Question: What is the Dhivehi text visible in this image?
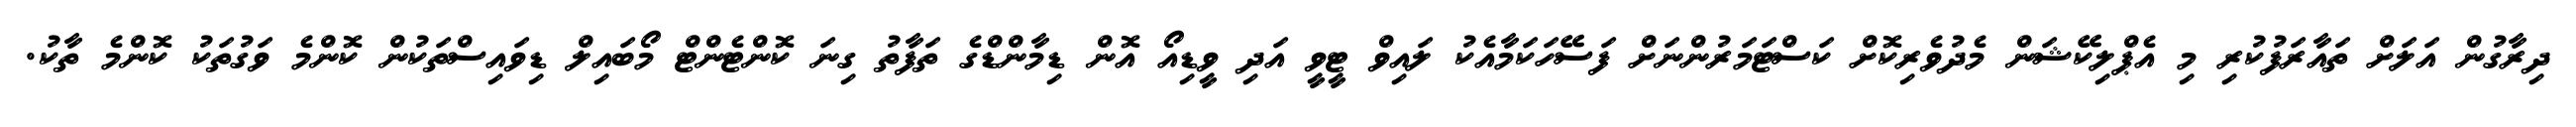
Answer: ދިރާގުން އަލަށް ތައާރަފުކުރި މި އެޕްލިކޭޝަން މެދުވެރިކޮށް ކަސްޓަމަރުންނަށް ފަސޭހަކަމާއެކު ލައިވް ޓީވީ އަދި ވީޑިއޯ އޮން ޑިމާންޑްގެ ތަފާތު ގިނަ ކޮންޓެންޓް މޯބައިލް ޑިވައިސްތަކުން ކޮންމެ ވަގުތަކު ކޮންމެ ތާކު.